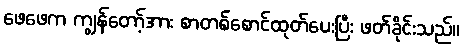
ဖေဖေက ကျွန်တော့်အား စာတစ်စောင်ထုတ်ပေးပြီး ဖတ်ခိုင်းသည်။